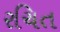
રચિત